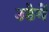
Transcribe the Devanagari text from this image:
उठेगें